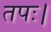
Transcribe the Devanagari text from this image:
तपः।